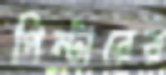
পিন্টারের